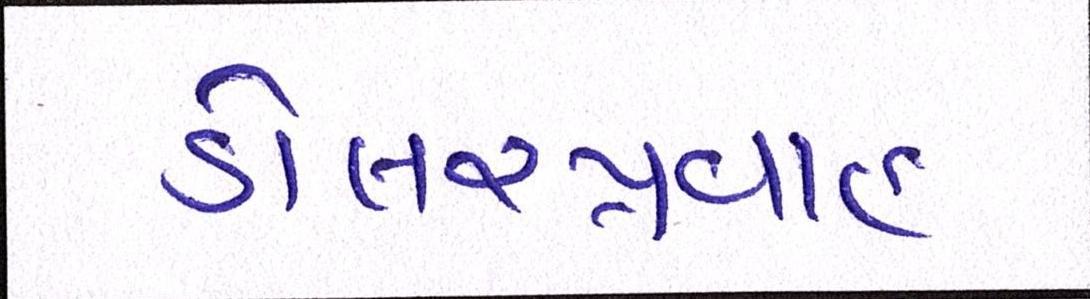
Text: ડોલરપ્રવાહ